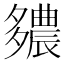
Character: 𨑊